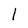
Character: l